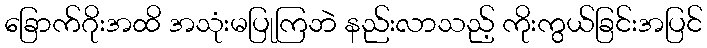
ခြောက်ဂိုးအထိ အသုံးမပြုကြဘဲ နည်းလာသည့် ကိုးကွယ်ခြင်းအပြင်